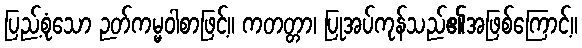
ပြည့်စုံသော ဉတ်ကမ္မဝါစာဖြင့်။ ကတတ္တာ၊ ပြုအပ်ကုန်သည်၏အဖြစ်ကြောင့်။